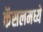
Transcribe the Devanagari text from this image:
कॅसलमध्ये